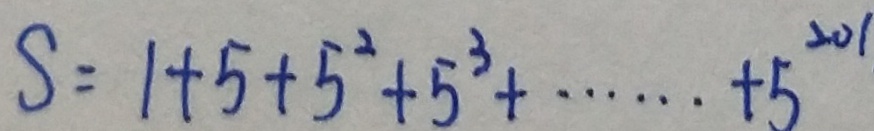
S = 1 + 5 + 5 ^ { 2 } + 5 ^ { 3 } + \cdots + 5 ^ { 2 0 1 }